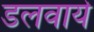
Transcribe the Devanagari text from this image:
डलवाये